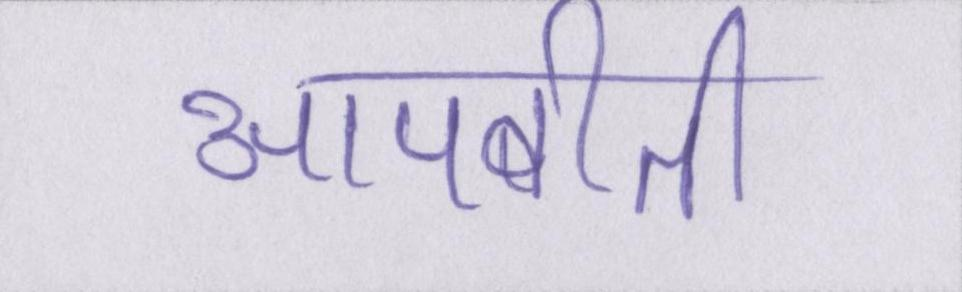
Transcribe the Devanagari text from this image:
आपबीती